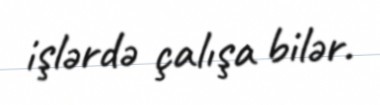
işlərdə çalışa bilər.